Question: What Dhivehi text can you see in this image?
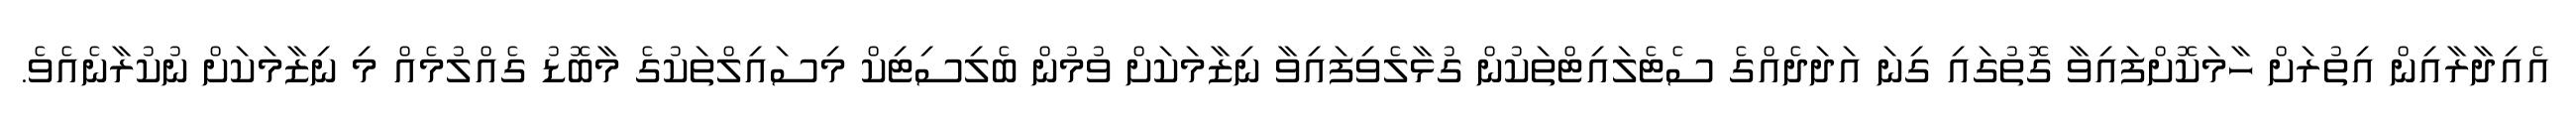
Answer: އެއިދާރާއިން އިތުރަށް ހާމަކޮށްފައިވާ ގޮތުގައި ގިނަ އަދަދެއްގެ ސެޓެލައިޓްތަކުން ގުޅާލެވިފައިވާ ނިޒާމަކަށް ވުމުން ބެލިސިޓިކް މިސައިލްތަކުގެ މާބޮޑު ގެއްލުމެއް މި ނިޒާމަކަށް ނުކުރާނެއެވެ.